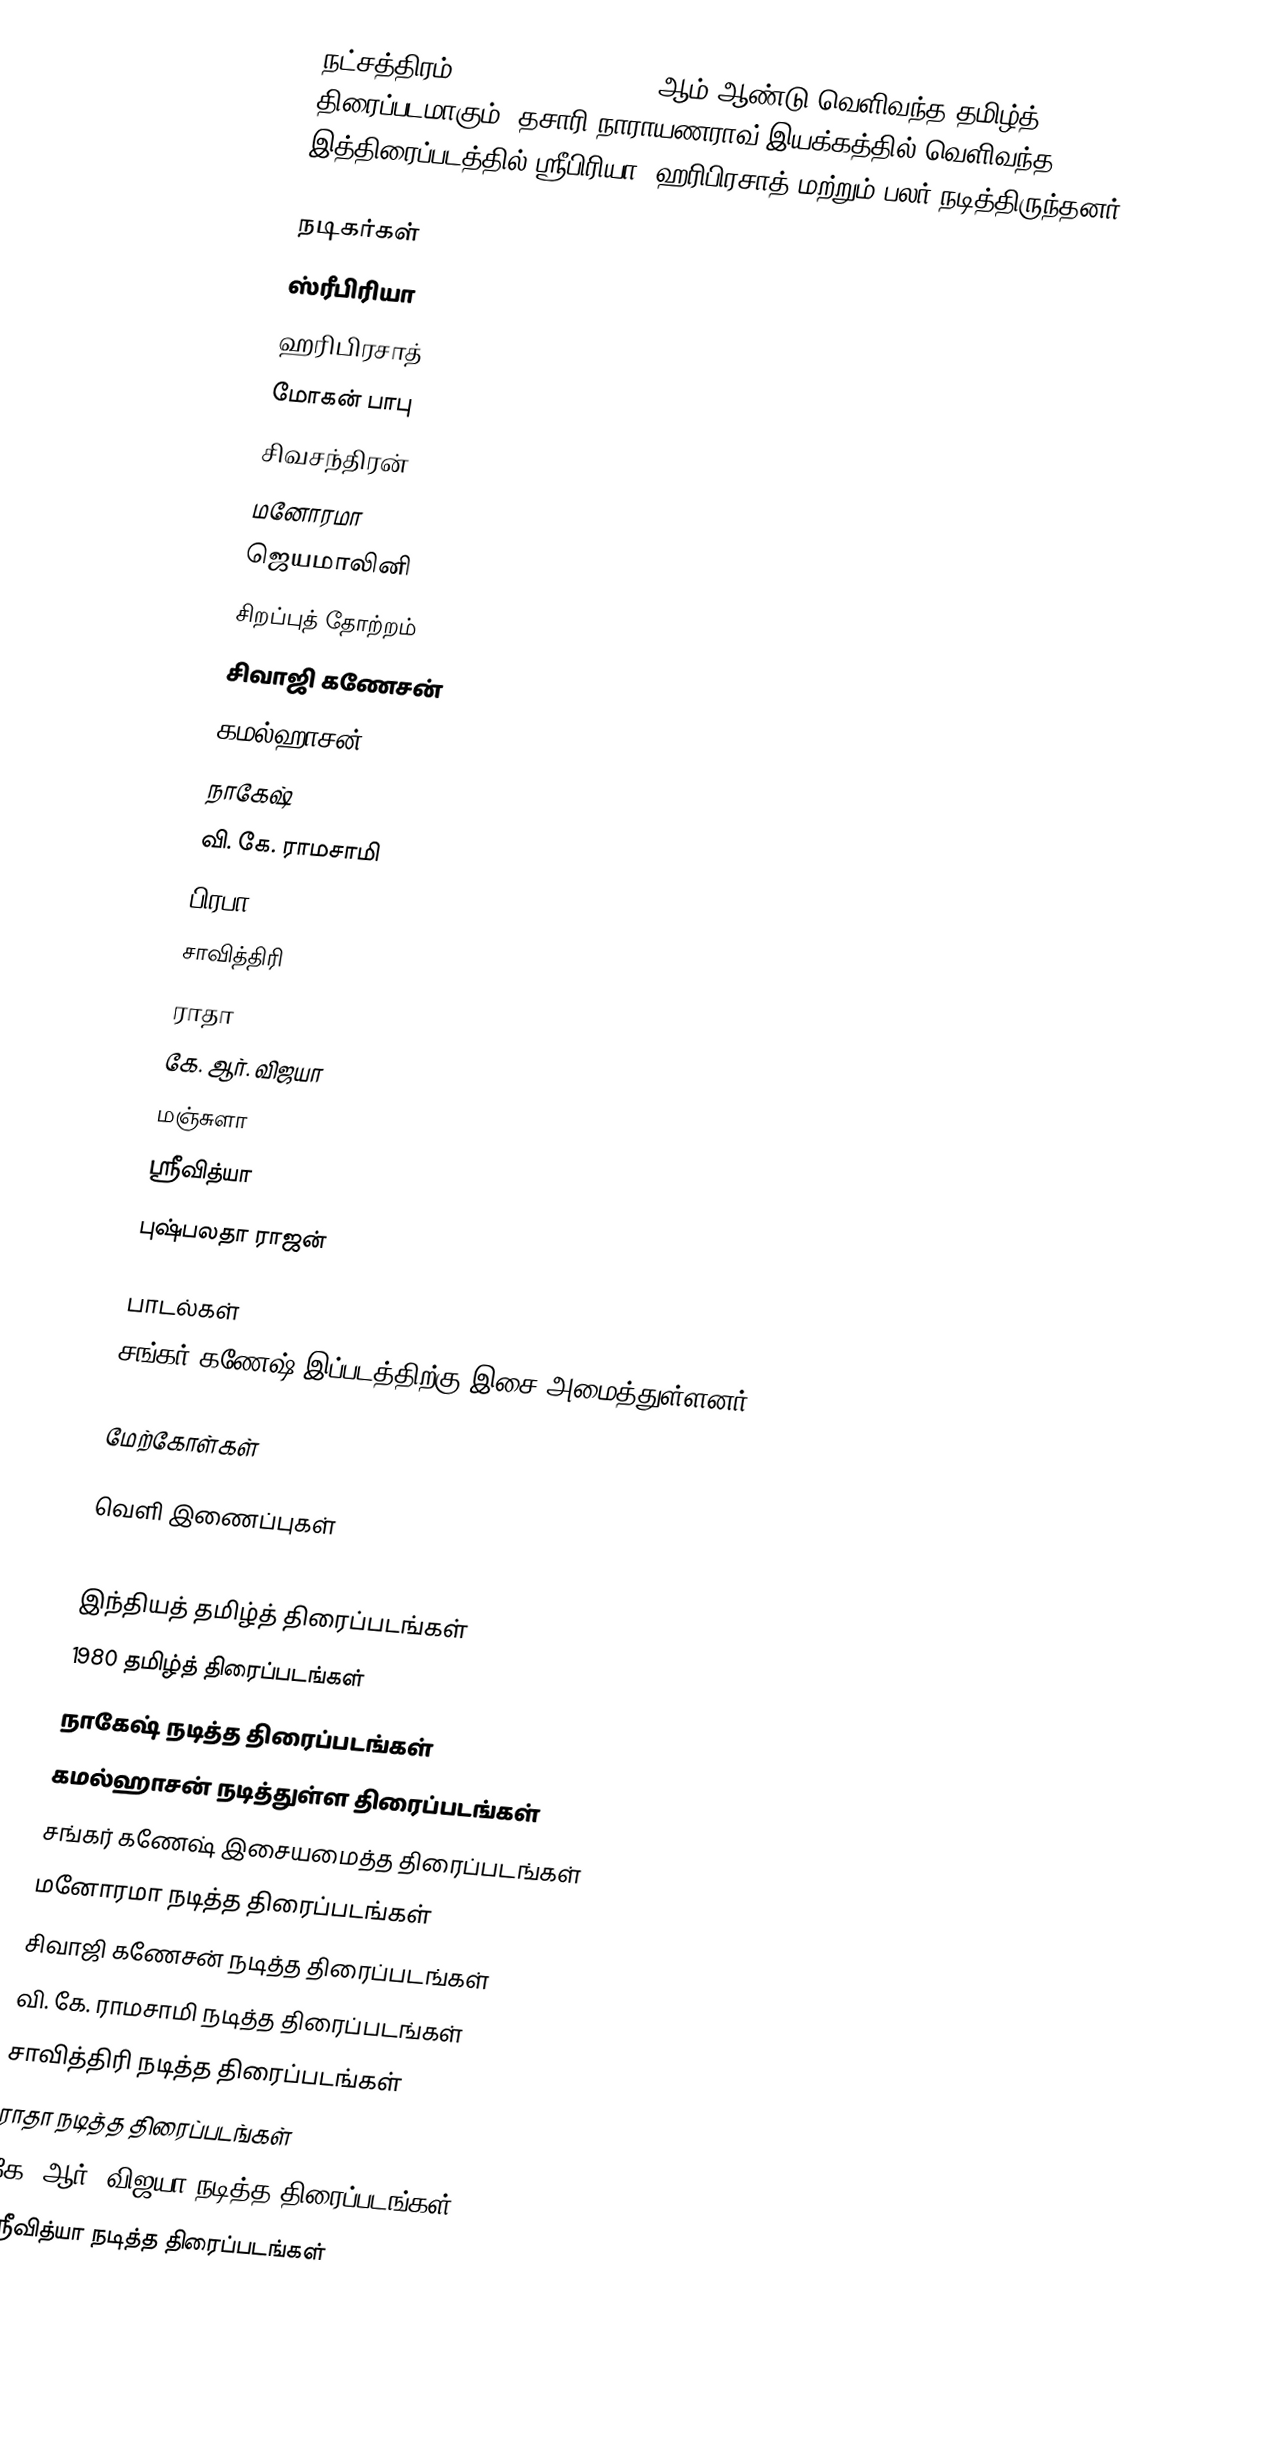
நட்சத்திரம் (Natchathiram) 1980 ஆம் ஆண்டு வெளிவந்த தமிழ்த் திரைப்படமாகும். தசாரி நாராயணராவ் இயக்கத்தில் வெளிவந்த இத்திரைப்படத்தில் ஸ்ரீபிரியா, ஹரிபிரசாத் மற்றும் பலர் நடித்திருந்தனர்.

நடிகர்கள்
ஸ்ரீபிரியா
ஹரிபிரசாத்
மோகன் பாபு
சிவசந்திரன்
மனோரமா
ஜெயமாலினி
சிறப்புத் தோற்றம்
சிவாஜி கணேசன்
கமல்ஹாசன்
நாகேஷ்
வி. கே. ராமசாமி
பிரபா
சாவித்திரி
ராதா
கே. ஆர். விஜயா
மஞ்சுளா
ஸ்ரீவித்யா
புஷ்பலதா ராஜன்

பாடல்கள்
சங்கர் கணேஷ் இப்படத்திற்கு இசை அமைத்துள்ளனர்.

மேற்கோள்கள்

வெளி இணைப்புகள்

இந்தியத் தமிழ்த் திரைப்படங்கள்
1980 தமிழ்த் திரைப்படங்கள்
நாகேஷ் நடித்த திரைப்படங்கள்
கமல்ஹாசன் நடித்துள்ள திரைப்படங்கள்
சங்கர் கணேஷ் இசையமைத்த திரைப்படங்கள்
மனோரமா நடித்த திரைப்படங்கள்
சிவாஜி கணேசன் நடித்த திரைப்படங்கள்
வி. கே. ராமசாமி நடித்த திரைப்படங்கள்
சாவித்திரி நடித்த திரைப்படங்கள்
ராதா நடித்த திரைப்படங்கள்
கே. ஆர். விஜயா நடித்த திரைப்படங்கள்
ஸ்ரீவித்யா நடித்த திரைப்படங்கள்